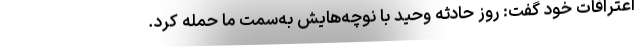
اعترافات خود گفت: روز حادثه وحید با نوچه‌هایش به‌سمت ما حمله کرد.